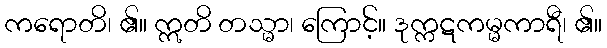
ကရောတိ၊ ၏။ ဣတိ တသ္မာ၊ ကြောင့်။ ဒုက္ကဋကမ္မကာရီ၊ ၏။